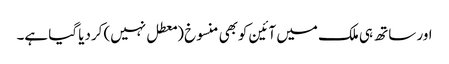
اور ساتھ ہی ملک میں آئین کوبھی منسوخ (معطل نہیں) کردیا گیا ہے۔